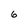
Character: 6